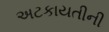
અટકાયતીની